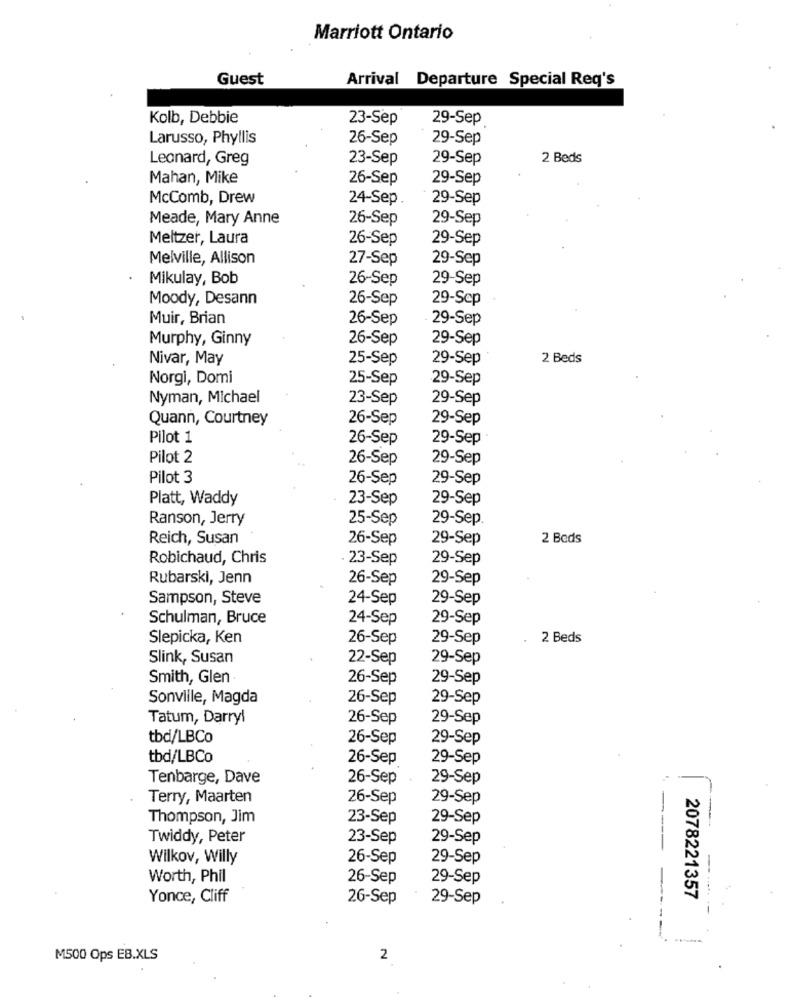
Marriott Ontario
Guest
Arrival Departure Special Req's
Kolb, Debbie
23-Sep
29-Sep
Larusso, Phyllis
26-Sep
29-Sep
Leonard, Greg
23-Sep
29-Sep
2 Beds
Mahan, Mike
26-Sep
29-Sep
McComb, Drew
24-Sep.
29-Sep
Meade, Mary Anne
26-Sep
29-Sep
Meltzer, Laura
26-Sep
29-Sep
Melville, Allison
27-Sep
29-Sep
Mikulay, Bob
26-Sep
29-Sep
Moody, Desann
26-Sep
29-Sep
Muir, Brian
26-Sep
29-Sep
Murphy, Ginny
26-Sep
29-Sep
Nivar, May
25-Sep
29-Sep
2 Beds
Norgi, Domi
25-Sep
29-Sep
Nyman, Michael
23-Sep
29-Sep
Quann, Courtney
26-Sep
29-Sep
Pilot 1
26-Sep
29-Sep
Pilot 2
26-Sep
29-Sep
Pilot 3
26-Sep
29-Sep
Platt, Waddy
23-Sep
29-Sep
Ranson, Jerry
25-Sep
29-Sep
Reich, Susan
26-Sep
29-Sep
2 Beds
Robichaud, Chris
23-Sep
29-Sep
Rubarski, Jenn
26-Sep
29-Sep
Sampson, Steve
24-Sep
29-Sep
Schulman, Bruce
24-Sep
29-Sep
Slepicka, Ken
26-Sep
29-Sep
2 Beds
Slink, Susan
22-Sep
29-Sep
Smith, Glen
26-Sep
29-Sep
Sonville, Magda
26-Sep
29-Sep
Tatum, Darryl
26-Sep
29-Sep
tbd/LBCo
26-Sep
29-Sep
tbd/LBCo
26-Sep
29-Sep
Tenbarge, Dave
26-Sep
29-Sep
Terry, Maarten
26-Sep
29-Sep
Thompson, Jim
23-Sep
29-Sep
-
Twiddy, Peter
23-Sep
29-Sep
Wilkov, Willy
26-Sep
29-Sep
Worth, Phil
26-Sep
29-Sep
2078221357
Yonce, Cliff
26-Sep
29-Sep
-
M500 Ops EB.XLS
2